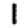
Digit: 1